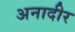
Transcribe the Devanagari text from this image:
अनादीर